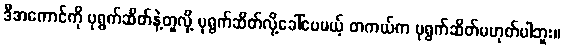
ဒီအကောင်ကို ပုရွက်ဆိတ်နဲ့တူလို့ ပုရွက်ဆိတ်လို့ခေါ်ပေမယ့် တကယ်က ပုရွက်ဆိတ်မဟုတ်ပါဘူး။